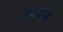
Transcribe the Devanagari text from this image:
उमानाक